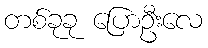
တစ်ခုခု ပြောဦးလေ